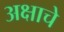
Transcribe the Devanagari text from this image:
अक्षाचे